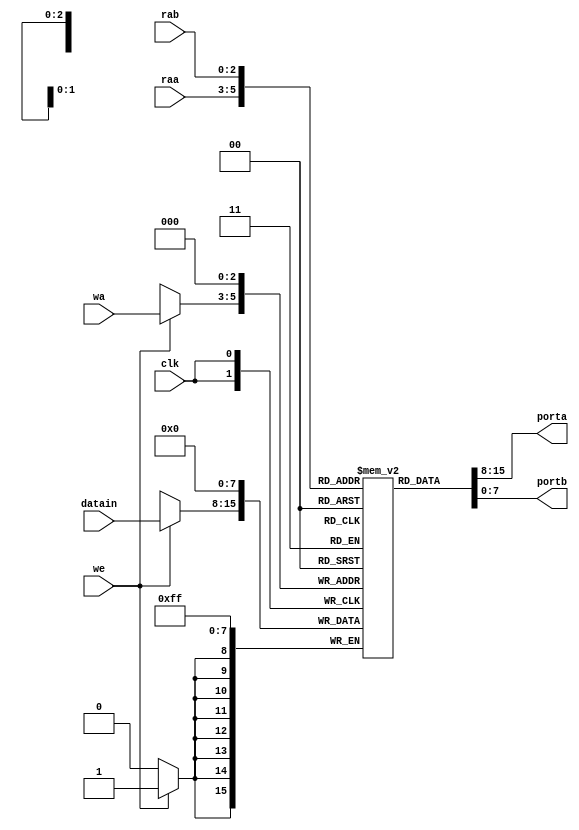
`timescale 1ns / 1ps
//////////////////////////////////////////////////////////////////////////////////
// Company: 
// Engineer: 
// 
// Design Name: 
// Module Name:    regfile 
// Project Name: 
// Target Devices: 
// Tool versions: 
// Description: 
//
// Dependencies: 
//
// Revision: 
// Revision 0.01 - File Created
// Additional Comments: 
//
//////////////////////////////////////////////////////////////////////////////////
module regfile(
    input [7:0] datain,
    input clk, we,
    input [2:0] wa,
    input [2:0] raa,
    input [2:0] rab,
    output [7:0] porta,
    output [7:0] portb
    );


reg [7:0] mem [7:0];

    always@(posedge clk)
	 begin
		 mem[0]<=0;
		 if(we) 
			mem[wa]<=datain;
	 end	 
	
assign porta=mem[raa];
assign portb=mem[rab];


endmodule